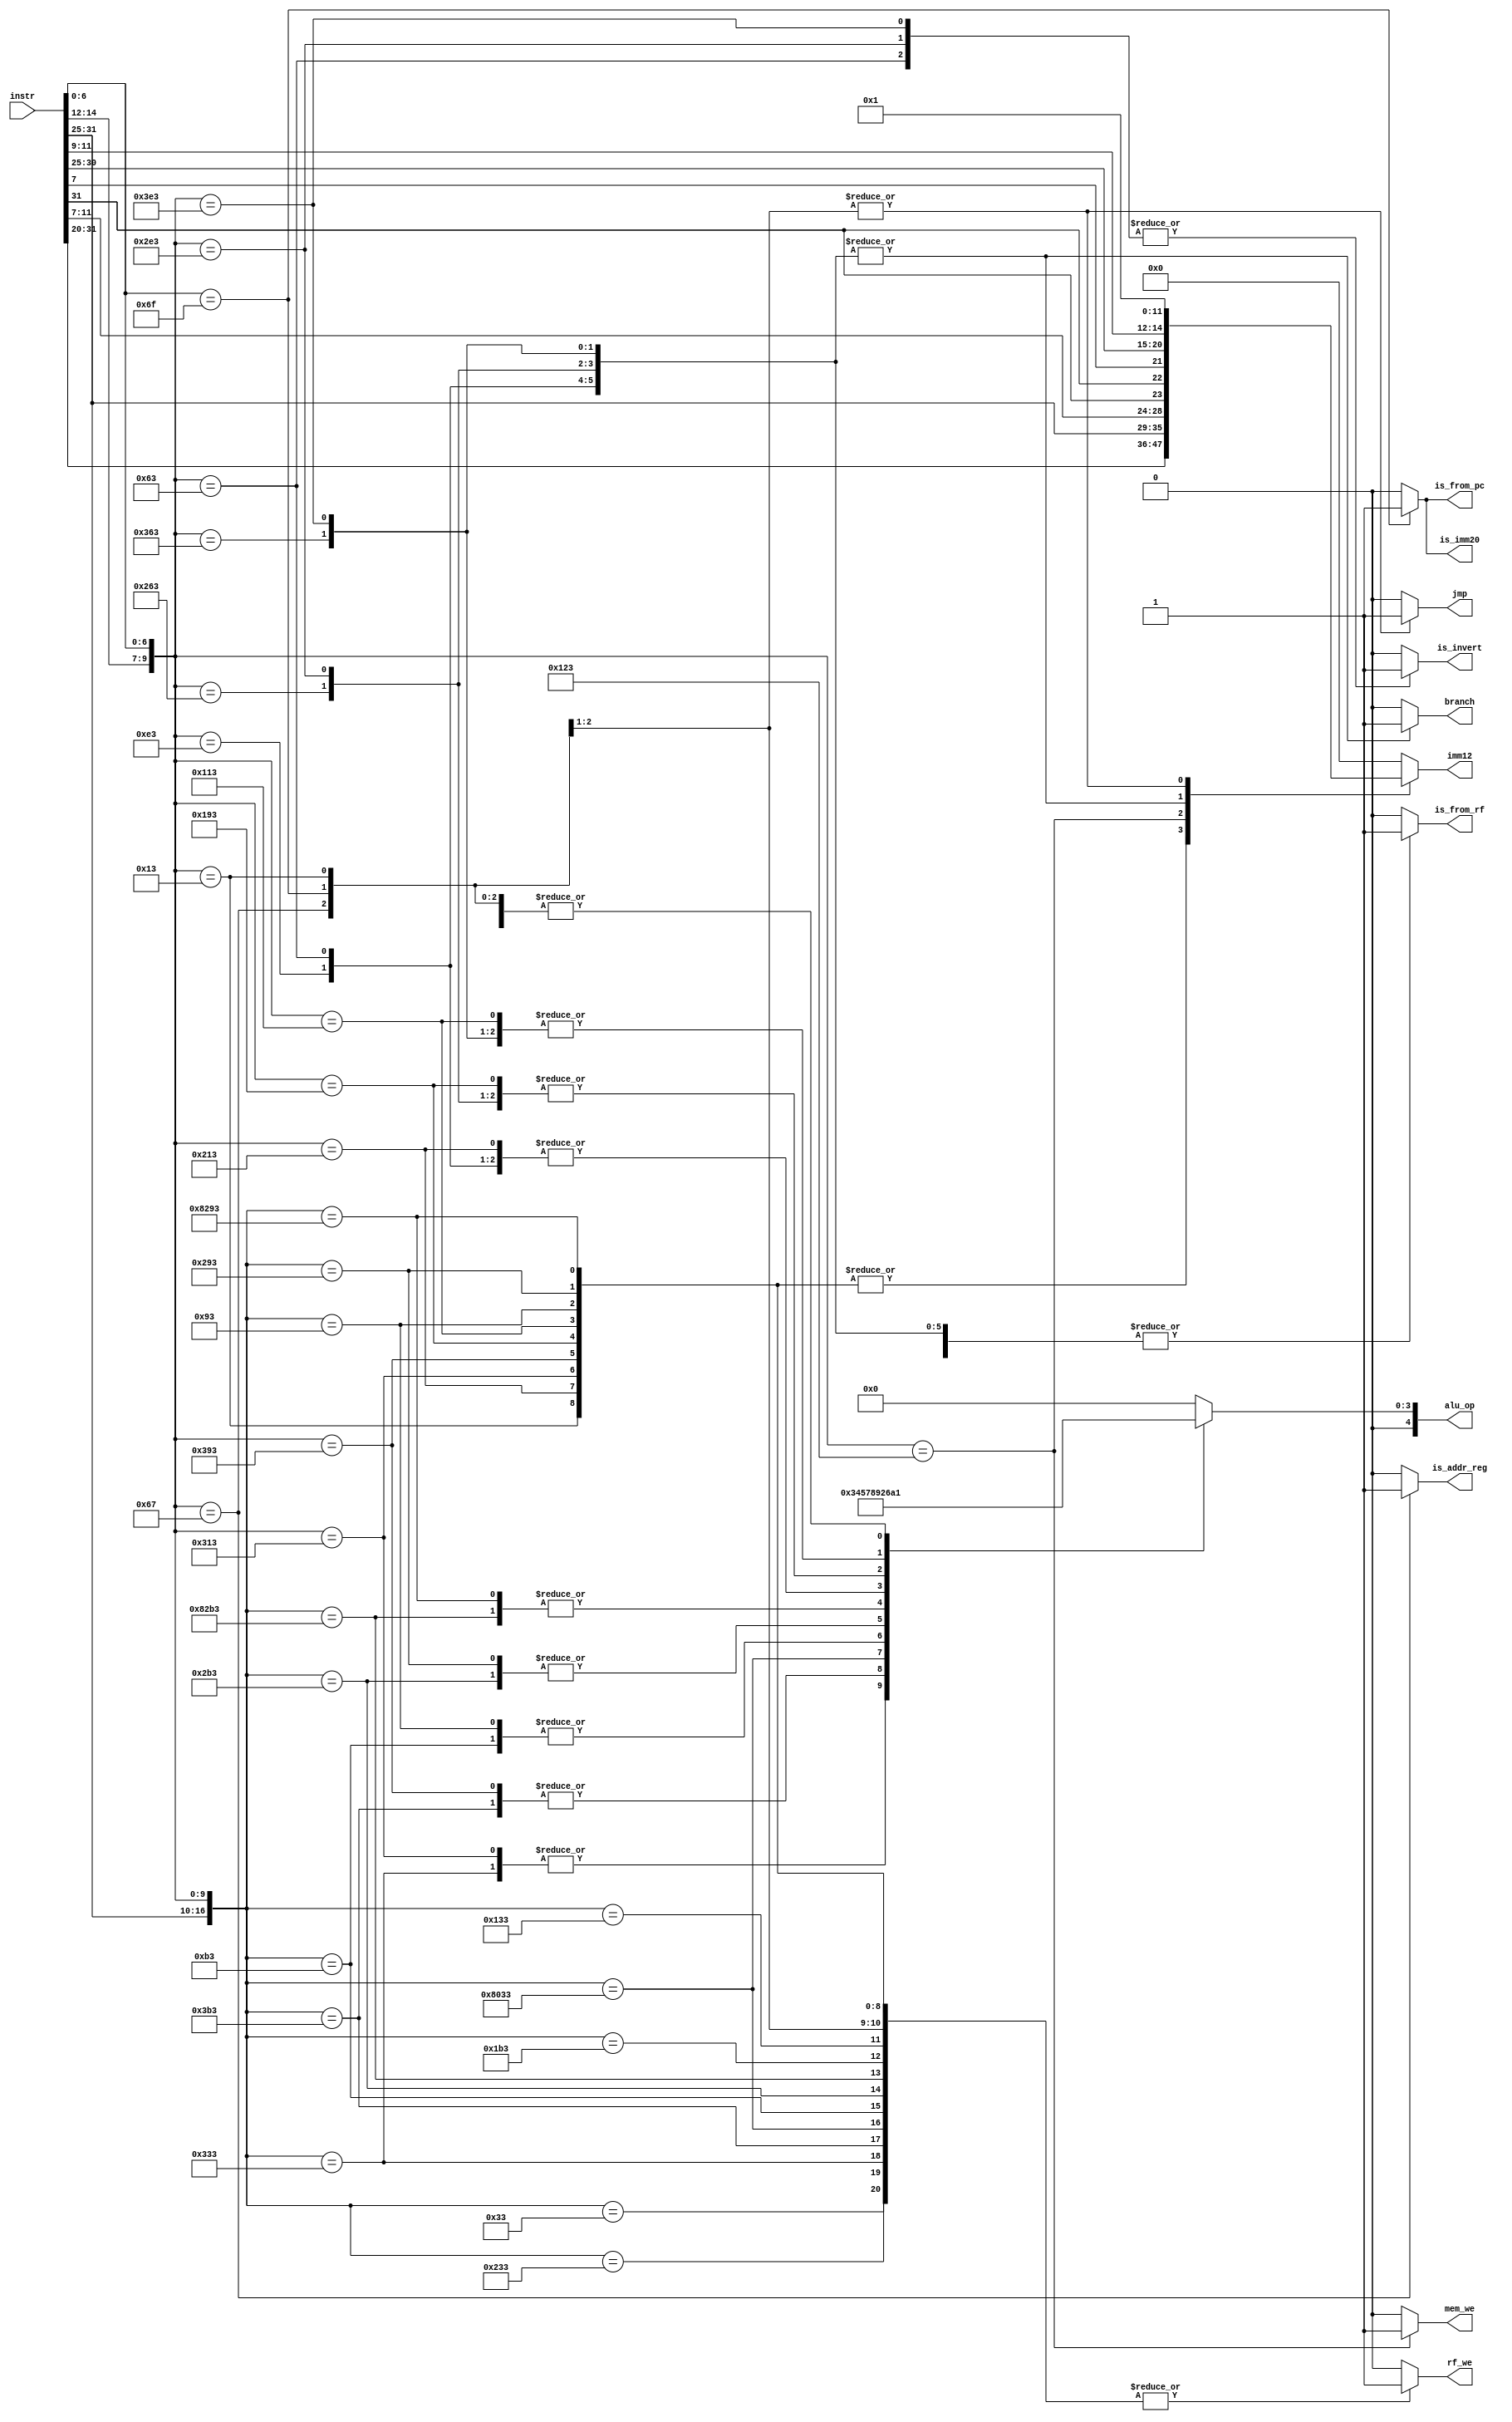
module control(
  input [31:0]instr,

  output reg is_from_rf,
  output reg [11:0]imm12,
  output reg [4:0]alu_op,
  output reg rf_we,   // register file write enable
  output reg mem_we,   // memory write enable
  output reg branch,
  output reg is_invert,
  output reg jmp,
  output reg is_from_pc,
  output reg is_imm20,
  output reg is_addr_reg
);

wire [6:0]opcode = instr[6:0];
wire [2:0]funct3 = instr[14:12];
wire [4:0]funct5 = instr[31:27];
wire [1:0]funct2 = instr[26:25];

always @(*) begin
  rf_we = 1'b0;
  alu_op = 5'b0;
  imm12 = 12'b0;
  is_from_rf = 1'b0;
  mem_we = 1'b0;
  branch = 1'b0;
  is_invert = 1'b0;
  is_from_pc = 1'b0;
  is_imm20 = 1'b0;
  jmp = 1'b0;
  is_addr_reg = 1'b0;

  casez ({funct5, funct2, funct3, opcode})
    17'bzzzzz_zz_000_0010011: begin // ADDI
      rf_we = 1'b1;
      alu_op = 5'h1;
      imm12 = instr[31:20];
      end
    17'bzzzzz_zz_100_0010011: begin // XORI
      rf_we = 1'b1;
      alu_op = 5'h2;
      imm12 = instr[31:20];
      end
    17'bzzzzz_zz_110_0010011: begin // ORI
      rf_we = 1'b1;
      alu_op = 5'h3;
      imm12 = instr[31:20];
      end
    17'bzzzzz_zz_111_0010011: begin // ANDI
      rf_we = 1'b1;
      alu_op = 5'h4;
      imm12 = instr[31:20];
      end
    17'bzzzzz_zz_011_0010011: begin // SLTIU
      rf_we = 1'b1;
      alu_op = 5'h6;
      imm12 = instr[31:20];
      end
    17'bzzzzz_zz_010_0010011: begin // SLTI
      rf_we = 1'b1;
      alu_op = 5'hA;
      imm12 = instr[31:20];
      end
    17'b00000_00_001_0010011: begin // SLLI
      rf_we = 1'b1;
      alu_op = 5'h7;
      imm12 = instr[31:20];
      end
    17'b00000_00_101_0010011: begin // SRLI
      rf_we = 1'b1;
      alu_op = 5'h8;
      imm12 = instr[31:20];
      end
    17'b01000_00_101_0010011: begin // SRAI
      rf_we = 1'b1;
      alu_op = 5'h9;
      imm12 = instr[31:20];
      end
    17'b00000_00_000_0110011: begin // ADD
      rf_we = 1'b1;
      alu_op = 5'h1;
      is_from_rf = 1'b1;
      end
    17'b00000_00_100_0110011: begin // XOR
      rf_we = 1'b1;
      alu_op = 5'h2;
      is_from_rf = 1'b1;
      end
    17'b00000_00_110_0110011: begin // OR
      rf_we = 1'b1;
      alu_op = 5'h3;
      is_from_rf = 1'b1;
      end
    17'b00000_00_111_0110011: begin // AND
      rf_we = 1'b1;
      alu_op = 5'h4;
      is_from_rf = 1'b1;
      end
    17'b01000_00_000_0110011: begin // SUB
      rf_we = 1'b1;
      alu_op = 5'h5;
      is_from_rf = 1'b1;
      end
    17'b00000_00_001_0110011: begin // SLL
      rf_we = 1'b1;
      alu_op = 5'h7;
      is_from_rf = 1'b1;
      end
    17'b00000_00_101_0110011: begin // SRL
      rf_we = 1'b1;
      alu_op = 5'h8;
      is_from_rf = 1'b1;
      end
    17'b01000_00_101_0110011: begin // SRA
      rf_we = 1'b1;
      alu_op = 5'h9;
      is_from_rf = 1'b1;
      end
    17'b00000_00_011_0110011: begin // SLTU
      rf_we = 1'b1;
      alu_op = 5'h6;
      is_from_rf = 1'b1;
      end
    17'b00000_00_010_0110011: begin // SLT
      rf_we = 1'b1;
      alu_op = 5'hA;
      is_from_rf = 1'b1;
      end
    17'bzzzzz_zz_010_0100011: begin // SW
      alu_op = 5'h1;
      mem_we = 1'b1;
      imm12 = {instr[31:25], instr[11:7]};
      end
    17'bzzzzz_zz_001_1100011: begin // BNE
      alu_op = 5'h2;
      branch = 1'b1;
      is_from_rf = 1'b1;
      is_invert = 1'b0;
      imm12 = {{2{instr[31]}}, instr[7], instr[30:25], instr[11:9]};
      end
    17'bzzzzz_zz_000_1100011: begin // BEQ
      alu_op = 5'h2;
      branch = 1'b1;
      is_from_rf = 1'b1;
      is_invert = 1'b1;
      imm12 = {{2{instr[31]}}, instr[7], instr[30:25], instr[11:9]};
      end
    17'bzzzzz_zz_100_1100011: begin // BLT
      alu_op = 5'h6;
      branch = 1'b1;
      is_from_rf = 1'b1;
      is_invert = 1'b0;
      imm12 = {{2{instr[31]}}, instr[7], instr[30:25], instr[11:9]};
      end
    17'bzzzzz_zz_101_1100011: begin // BGE
      alu_op = 5'h6;
      branch = 1'b1;
      is_from_rf = 1'b1;
      is_invert = 1'b1;
      imm12 = {{2{instr[31]}}, instr[7], instr[30:25], instr[11:9]};
      end
    17'bzzzzz_zz_110_1100011: begin // BLTU
      alu_op = 5'hA;
      branch = 1'b1;
      is_from_rf = 1'b1;
      is_invert = 1'b0;
      imm12 = {{2{instr[31]}}, instr[7], instr[30:25], instr[11:9]};
      end
    17'bzzzzz_zz_111_1100011: begin // BGEU
      alu_op = 5'hA;
      branch = 1'b1;
      is_from_rf = 1'b1;
      is_invert = 1'b1;
      imm12 = {{2{instr[31]}}, instr[7], instr[30:25], instr[11:9]};
      end
    17'bzzzzz_zz_000_1100111: begin // JALR
      alu_op = 5'h1;
      imm12 = 12'h1;
      jmp = 1'b1;
      is_from_pc = 1'b0;
      rf_we = 1'b1;
      is_addr_reg = 1'b1;
      end
    17'bzzzzz_zz_zzz_1101111: begin // JAL
      alu_op = 5'h1;
      jmp = 1'b1;
      imm12 = 12'h1;
      is_from_pc = 1'b1;
      is_imm20 = 1'b1;
      rf_we = 1'b1;
      is_addr_reg = 1'b0;
      end
    default: ;
  endcase
end

endmodule